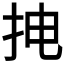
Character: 𱟮